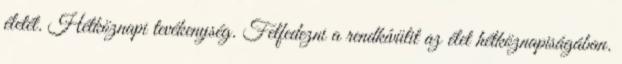
életét. Hétköznapi tevékenység. Felfedezni a rendkívülit az élet hétköznapiságában.